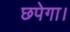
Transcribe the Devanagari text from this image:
छपेगा।